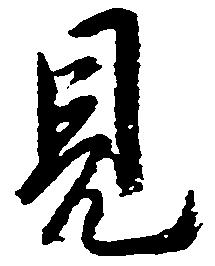
見